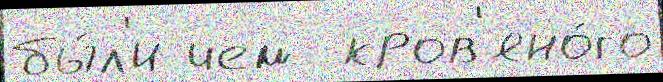
бы́л'и чем  кров'яно́го